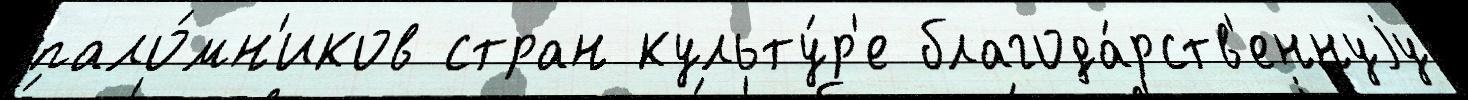
пало́мн'иков стран культу́р'е благода́рств'еннуjу